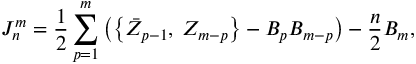
J _ { n } ^ { m } = \frac 1 2 \sum _ { p = 1 } ^ { m } \left( \left\{ \bar { Z } _ { p - 1 } , \: Z _ { m - p } \right\} - B _ { p } B _ { m - p } \right) - \frac n 2 B _ { m } ,